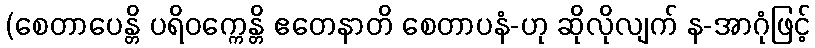
(စေတာပေန္တိ ပရိဝက္ကေန္တိ ဧတေနာတိ စေတာပနံ-ဟု ဆိုလိုလျက် န-အာဂုံဖြင့်